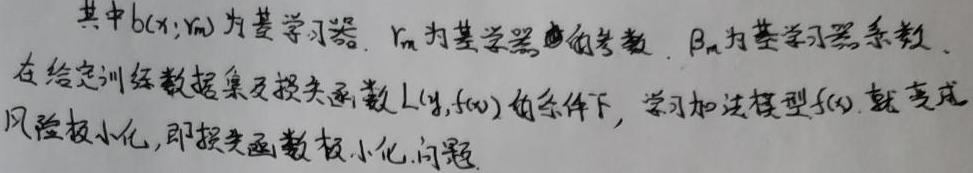
其中$b(x;\gamma_m)$为基学习器，$\gamma_m$为基学习器的参数，$\beta_m$为基学习器系数。在给定训练数据集及损失函数$L(y,f(x))$的条件下，学习加法模型$f(x)$就变成风险极小化，即损失函数极小化问题。